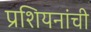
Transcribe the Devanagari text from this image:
प्रशियनांची